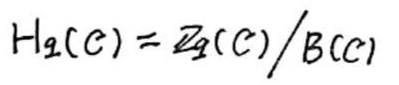
\[ H_{q}(C)=\frac{Z_{q}(C)}{B_{q}(C)} \]